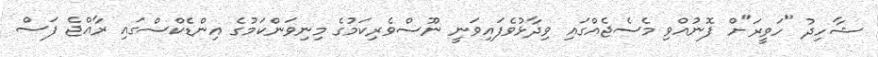
ޝާހިދު "ހަވީރަ"ށް ފޮނުއްވި މެސެޖެއްގައި ވިދާޅުވެފައިވަނީ ނޫސްވެރިކަމުގެ މިނިވަންކަމުގެ އިންޑެކްސްގައި ރާއްޖެ ފަސް